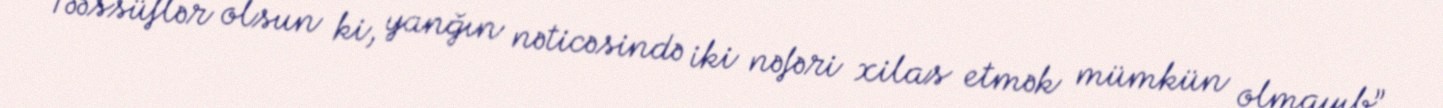
Təəssüflər olsun ki, yanğın nəticəsində iki nəfəri xilas etmək mümkün olmayıb”,